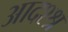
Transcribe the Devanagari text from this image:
आदश्श्र